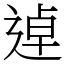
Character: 逴